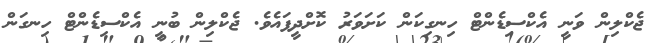
ޖެކްލިން ވަނީ އެކްސިޑެންޓް ހިނގިކަން ކަށަވަރު ކޮށްދީފައެވެ. ޖެކްލިން ބުނީ އެކްސިޑެންޓް ހިނގަން